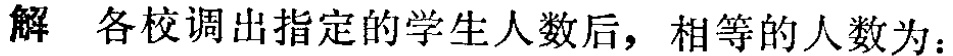
解 各校调出指定的学生人数后，相等的人数为：